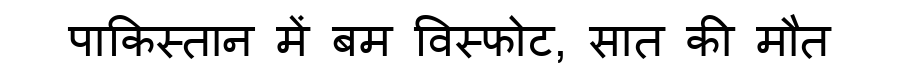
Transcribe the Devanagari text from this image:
पाकिस्तान में बम विस्फोट, सात की मौत